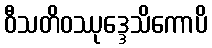
ဝီသတိဝဿုဒ္ဒေသိကောပိ